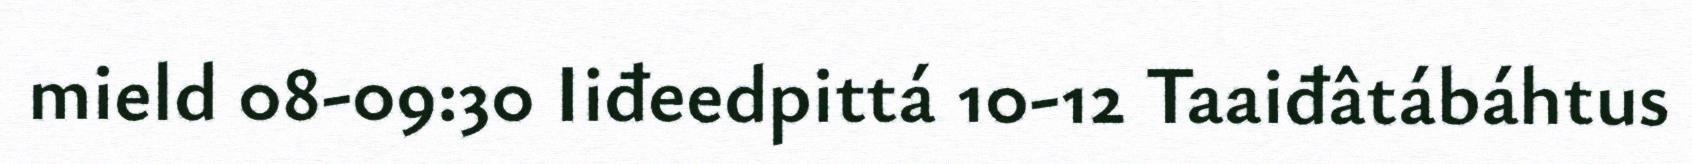
mield 08-09:30 Iiđeedpittá 10-12 Taaiđâtábáhtus